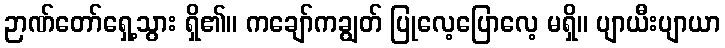
ဉာဏ်တော်ရှေ့သွား ရှိ၏။ ကချော်ကချွတ် ပြုလေ့ပြောလေ့ မရှိ။ ပျာယီးပျာယာ